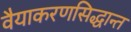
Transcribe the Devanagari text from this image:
वैयाकरणसिद्धान्त